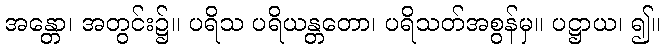
အန္တော၊ အတွင်း၌။ ပရိသ ပရိယန္တတော၊ ပရိသတ်အစွန်မှ။ ပဋ္ဌာယ၊ ၍။